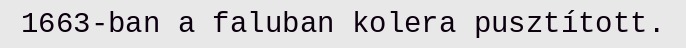
1663-ban a faluban kolera pusztított.